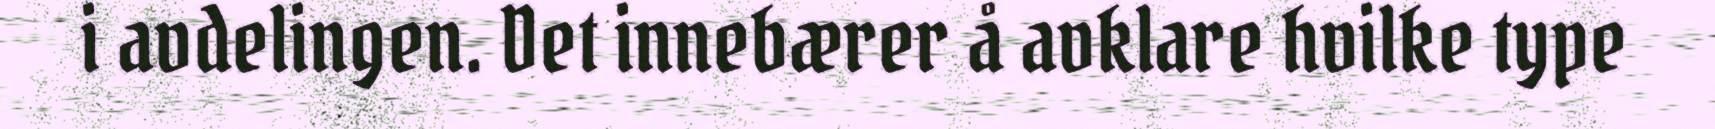
i avdelingen. Det innebærer å avklare hvilke type